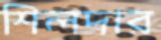
শিলদার